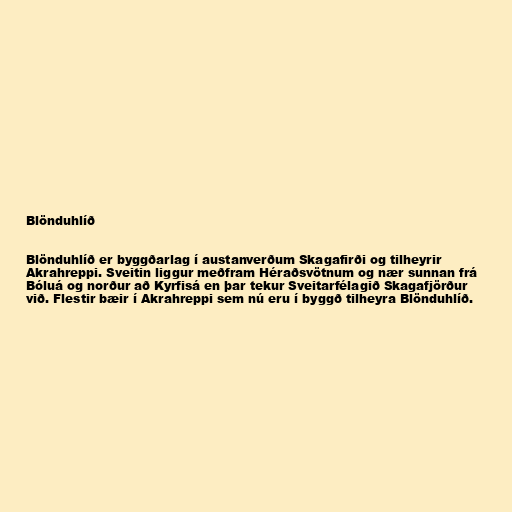
Blönduhlíð

Blönduhlíð er byggðarlag í austanverðum Skagafirði og tilheyrir
Akrahreppi. Sveitin liggur meðfram Héraðsvötnum og nær sunnan frá
Bóluá og norður að Kyrfisá en þar tekur Sveitarfélagið Skagafjörður
við. Flestir bæir í Akrahreppi sem nú eru í byggð tilheyra Blönduhlíð.